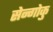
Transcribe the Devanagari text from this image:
सेन्गोकु